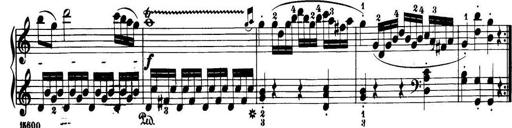
Title: 32 Sonatinas and Rondos for the Piano
Composer: Richard Kleinmichel